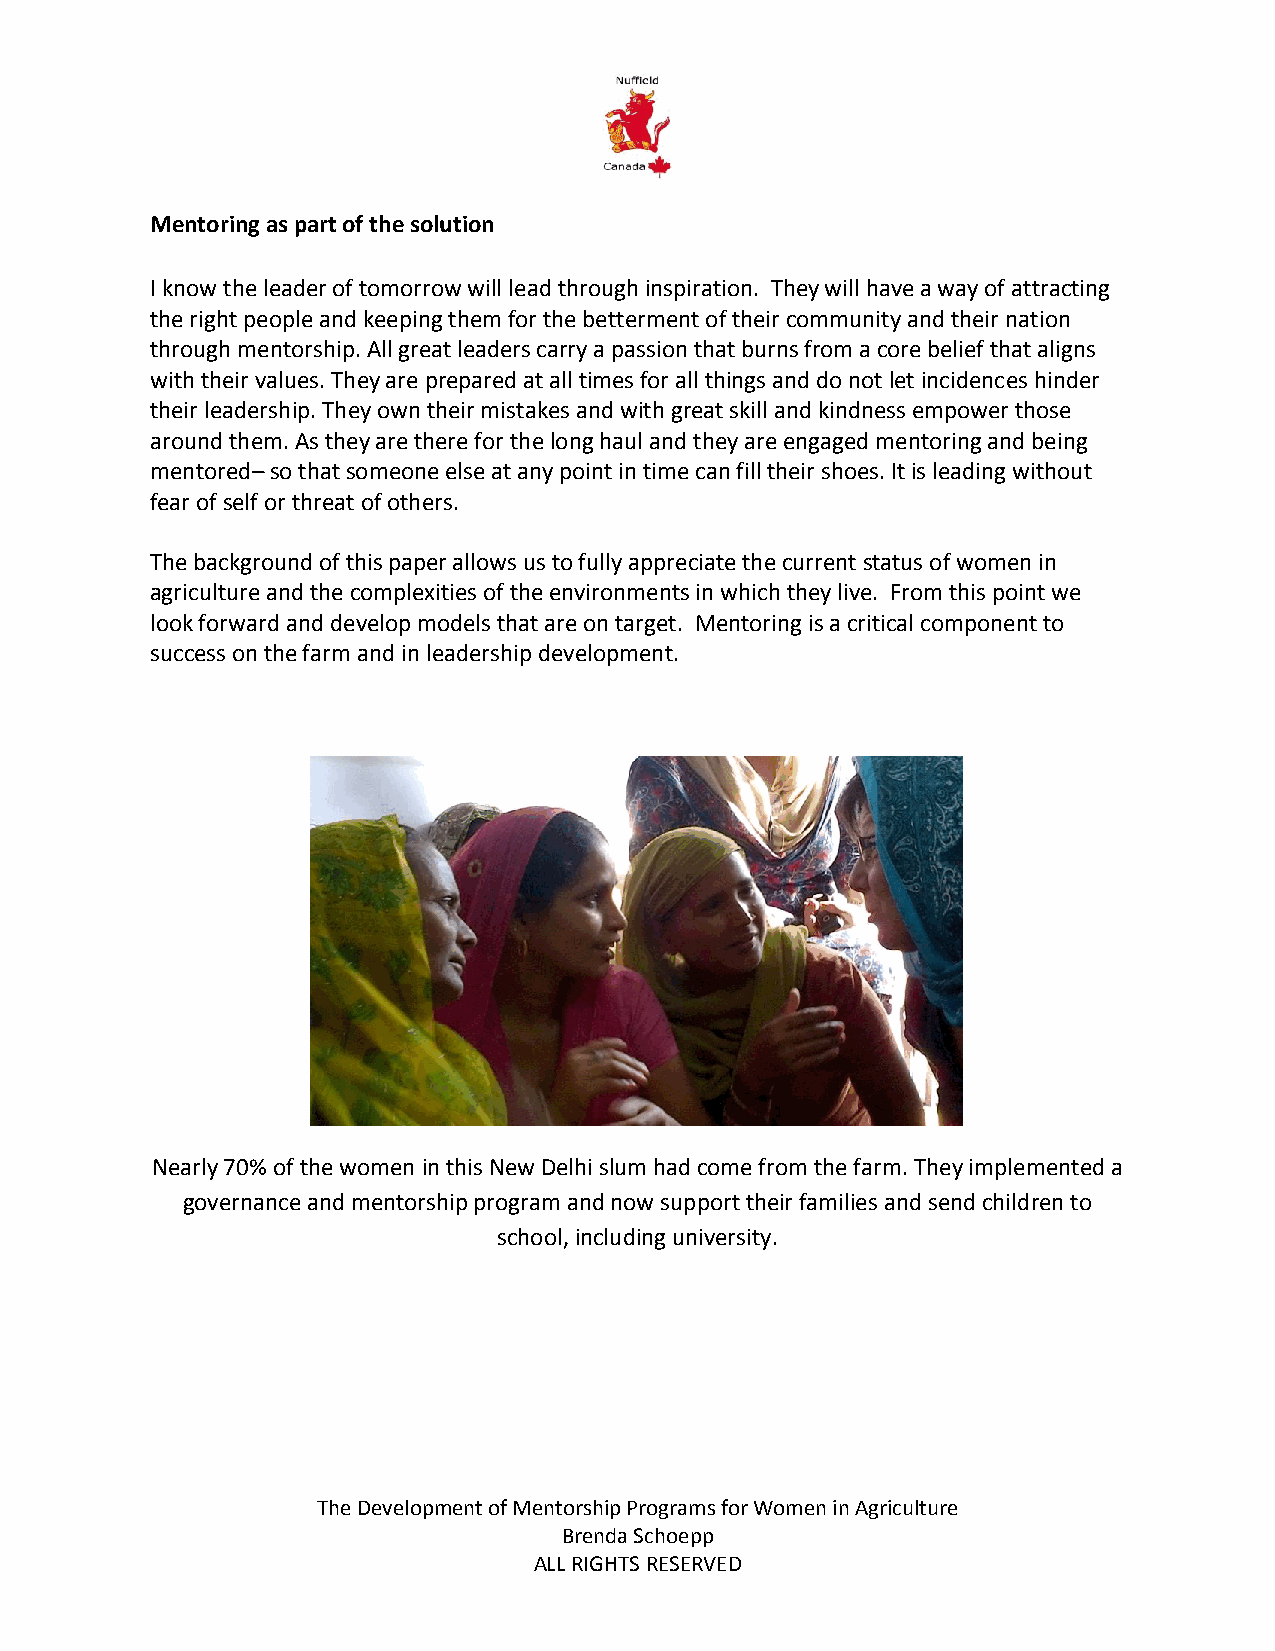
Mentoring as part of the solution
 I know the leader of tomorrow will lead through inspiration. They will have a way of attracting
 the right people and keeping them for the betterment of their community and their nation
 through mentorship. All great leaders carry a passion that burns from a core belief that aligns
 with their values. They are prepared at all times for all things and do not let incidences hinder
 their leadership. They own their mistakes and with great skill and kindness empower those
 around them. As they are there for the long haul and they are engaged mentoring and being
 mentored– so that someone else at any point in time can fill their shoes. It is leading without
 fear of self or threat of others.
 The background of this paper allows us to fully appreciate the current status of women in
 agriculture and the complexities of the environments in which they live. From this point we
 look forward and develop models that are on target. Mentoring is a critical component to
 success on the farm and in leadership development.
 Nearly 70% of the women in this New Delhi slum had come from the farm. They implemented a
 governance and mentorship program and now support their families and send children to
 school, including university.
 The Development of Mentorship Programs for Women in Agriculture
 Brenda Schoepp
 ALL RIGHTS RESERVED